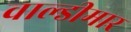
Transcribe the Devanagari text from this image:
वाल्डीमार